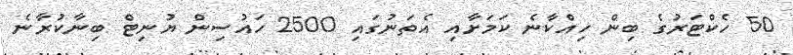
50 ހެކްޓަރުގެ ބިން ހިއްކާނެ ކަމަށާއި އެތަނުގައި 2500 ހައުސިން ޔުނިޓް ބިނާކުރާނެ